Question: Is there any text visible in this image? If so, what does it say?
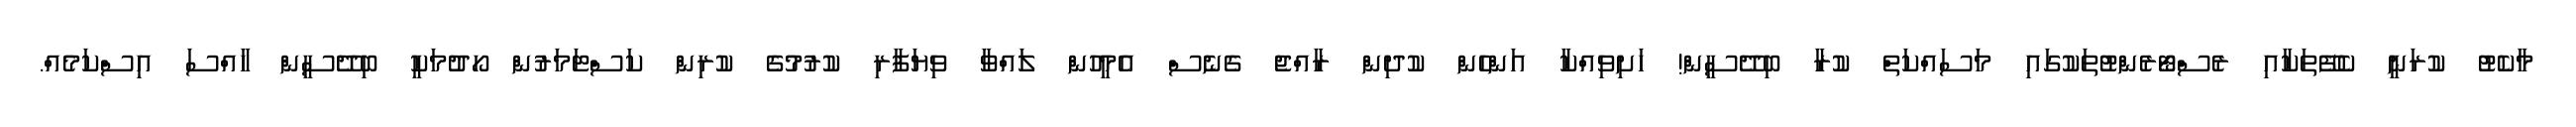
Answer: މާކެޓު ކުރަނީ ކެފޭތަކާއި ރެސްޓޯރެންޓުތަކުގައި މަސައްކަތް ކުރާ ބިދޭސީން! ހަށިވިއްކާ އަންހެން ކުދިން ރާއްޖެ ގެނެސް އެމީހުން ލައްވާ ވިޔަފާރި ކުރުމުގެ ކުރިން ކަސްޓަމަރުން ހޯދުމަކީ ބިދޭސީން ހާއްސަ އިސްކަމެއް.